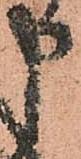
申